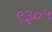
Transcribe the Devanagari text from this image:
९३०५